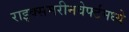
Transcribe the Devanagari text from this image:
राइक्समरीनवेर्फ्टमध्ये